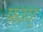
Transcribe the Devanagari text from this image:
फाए